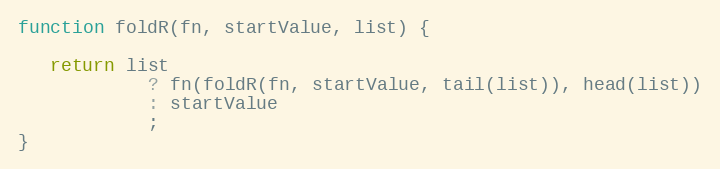
Language: JavaScript
function foldR(fn, startValue, list) {

   return list
            ? fn(foldR(fn, startValue, tail(list)), head(list))
            : startValue
            ;
}